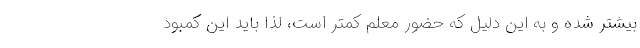
بیشتر شده و به این دلیل که حضور معلم کمتر است، لذا باید این کمبود